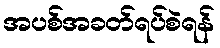
အပစ်အခတ်ရပ်စဲရန်